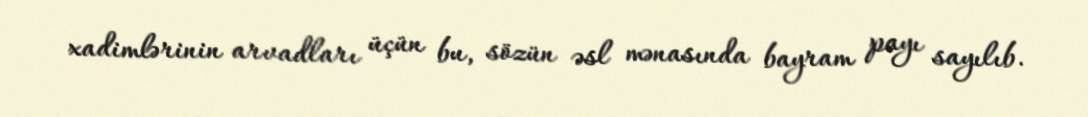
xadimlərinin arvadları üçün bu, sözün əsl mənasında bayram payı sayılıb.